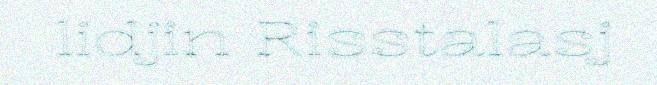
lidjin Risstalasj